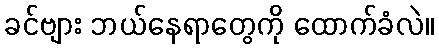
ခင်ဗျား ဘယ်နေရာတွေကို ထောက်ခံလဲ။